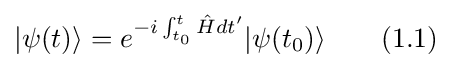
|\psi (t)\rangle =e^{-i\int _{t_{0}}^{t}{\hat {H}}dt'}|\psi (t_{0})\rangle \qquad (1.1)